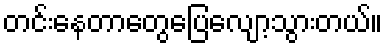
တင်းနေတာတွေပြေလျော့သွားတယ်။